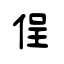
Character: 侱